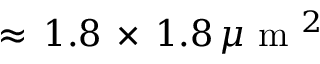
\approx \, 1 . 8 \, \times \, 1 . 8 \, \mu \mathrm { ~ m ~ } ^ { 2 }